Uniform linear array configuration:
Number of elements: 32
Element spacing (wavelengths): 1
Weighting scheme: hamming
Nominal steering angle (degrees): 30
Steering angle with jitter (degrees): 29.188
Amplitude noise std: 0.05
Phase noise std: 0.05

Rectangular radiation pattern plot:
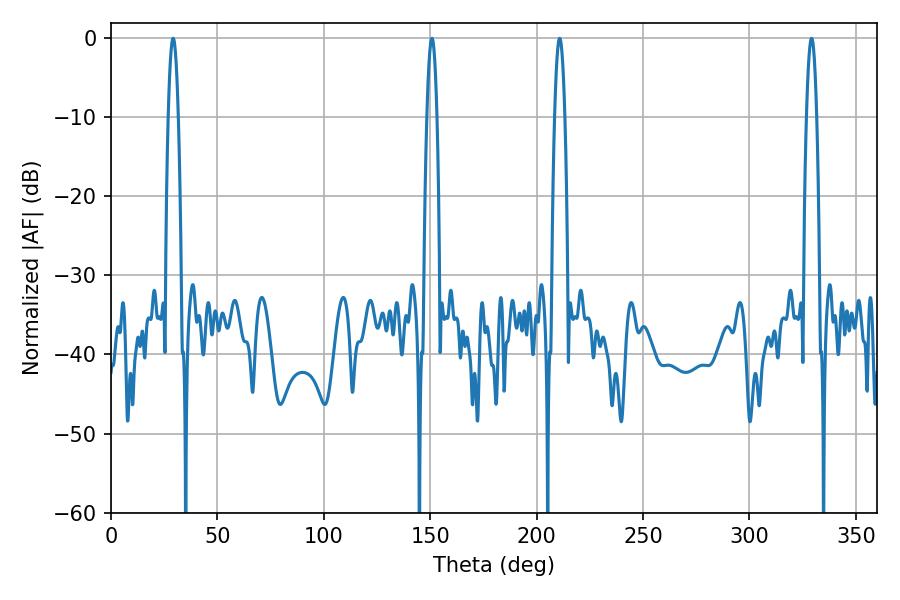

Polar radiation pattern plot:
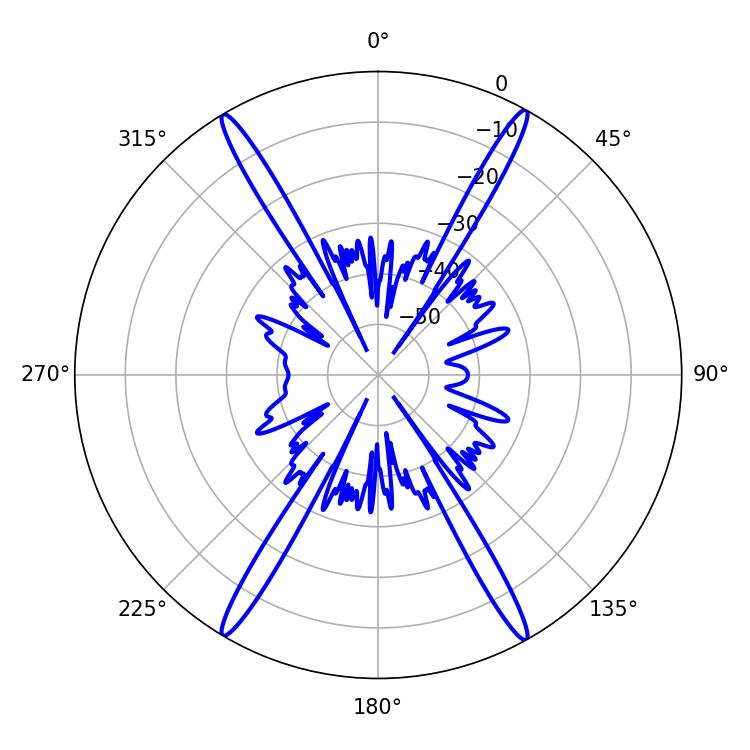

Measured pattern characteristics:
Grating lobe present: TRUE
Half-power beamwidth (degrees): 2.52
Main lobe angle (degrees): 210.78